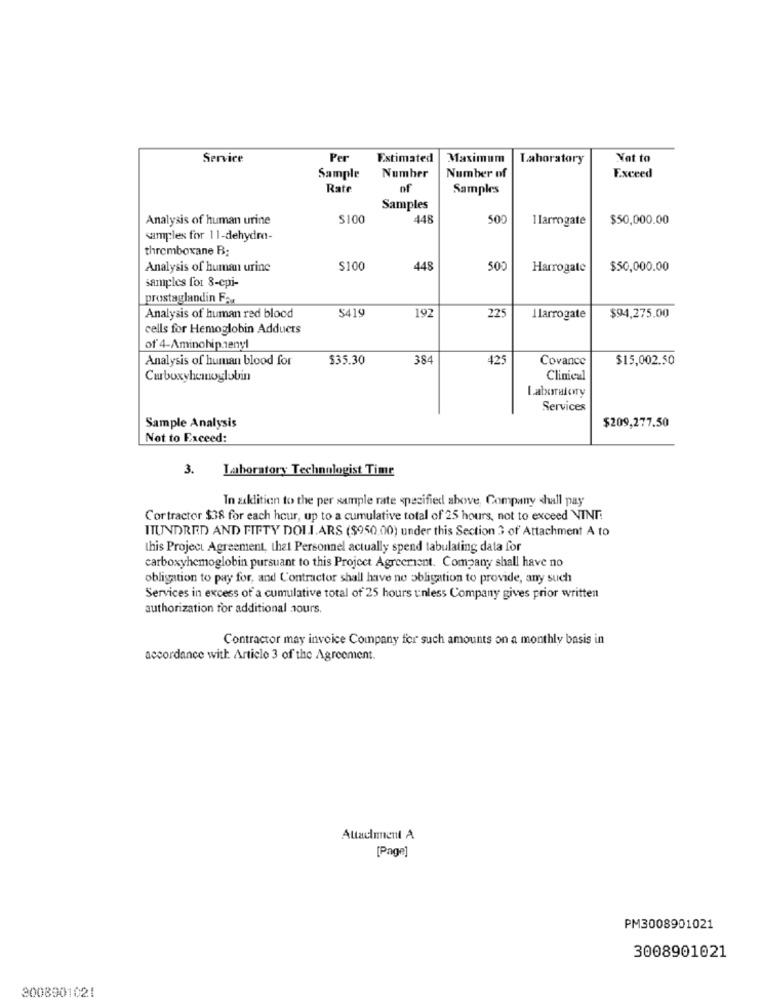
Service
Per
Estimated
Maximum
Laboratory
Not to
Number of
Sample
Number
Exceed
Rate
of
Samples
Samples
Analysis of human urine
$100
448
500
1 larrogate
$50,000.00
samples for 11-dehydro-
thromboxane B;
Analysis of human urine
$100
448
500
Harrogate
$50,000.00
samples for 8-epi-
prostaglandin Fax
5419
192
Analysis of human red blood
225
Ilarrogate
$94,275.00
cells for Hemoglobin Adduets
of 4-Aminohip zenyl
Analysis of human blood for
$35.30
384
425
Covance
$15,002.50
Carboxyhemoglobin
Clinical
Laboratory
Services
Sample Analysis
$209,277.50
Not to Exceed:
3. Laboratory Technologist Time
In zaldlitien to the per sample rate specified above, Company shall pay
Cortractor $38 for each hour, up to a cumulative total of 25 hours, not to exceed VINT:
ITUNDRED AND FIFTY DOLI.ARS ($950.00) under this Section 3 of Attachment A to
this Project Agreement, that Personnel actually spend tabulating data for
carboxyhemoglobin pursuant to this Project Agreement. Company shall have no
obligation to pay for, and Contractor shall have no obligation to provide, any such
Services in excess of a cumulative total of 25 hours unless Company gives prior written
authorization for additional Jours.
Contractor may invoice Company for such amounts on a monthly basis in
accordance with Article 3 of the Agreement.
Attachment A
[Page]
PM3008901021
3008901021
3008901021